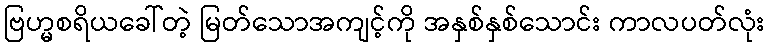
ဗြဟ္မစရိယခေါ်တဲ့ မြတ်သောအကျင့်ကို အနှစ်နှစ်သောင်း ကာလပတ်လုံး